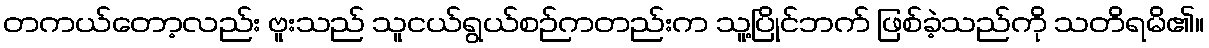
တကယ်တော့လည်း ဗူးသည် သူငယ်ရွယ်စဉ်ကတည်းက သူ့ပြိုင်ဘက် ဖြစ်ခဲ့သည်ကို သတိရမိ၏။